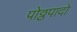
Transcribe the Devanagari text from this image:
पोठ्ठपादो